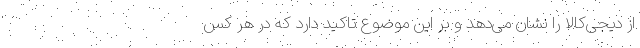
از دیجی‌کالا را نشان می‌دهد و بر این موضوع تاکید دارد که در هر کس